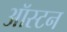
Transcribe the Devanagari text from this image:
ऑस्टन